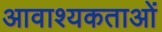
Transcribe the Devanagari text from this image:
आवाश्यकताओं